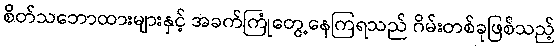
စိတ်သဘောထားများနှင့် အခက်ကြုံတွေ့နေကြရသည် ဂိမ်းတစ်ခုဖြစ်သည့်